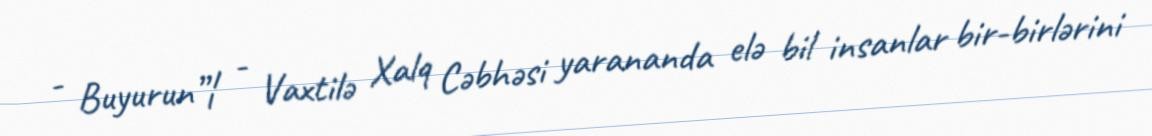
- Buyurun”¦ - Vaxtilə Xalq Cəbhəsi yarananda elə bil insanlar bir-birlərini